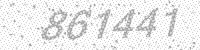
Solution: 861441